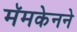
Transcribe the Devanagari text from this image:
मॅमकेनने